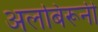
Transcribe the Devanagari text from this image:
अलबिरूनी